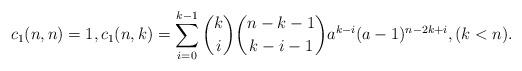
LaTeX: \begin{align*}c_1(n,n)=1,c_1(n,k)=\sum_{i=0}^{k-1}{k\choose i}{n-k-1\choose k-i-1}a^{k-i}(a-1)^{n-2k+i},(k<n).\end{align*}